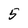
Character: 5